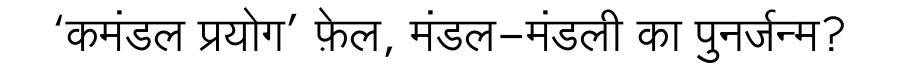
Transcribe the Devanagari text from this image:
‘कमंडल प्रयोग’ फ़ेल, मंडल-मंडली का पुनर्जन्म?